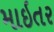
માઇતર